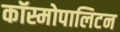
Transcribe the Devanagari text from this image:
कॉस्मोपालिटन